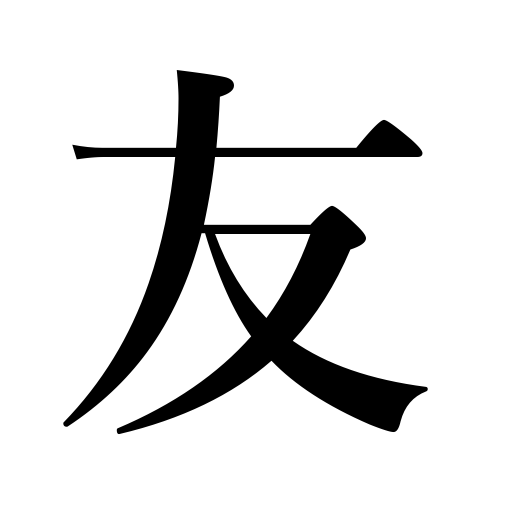
Meanings: friend,pal,companion